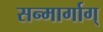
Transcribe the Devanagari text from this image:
सन्मार्गाग्